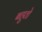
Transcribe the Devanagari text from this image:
बहुतो